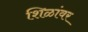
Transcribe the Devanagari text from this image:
शिळांवर